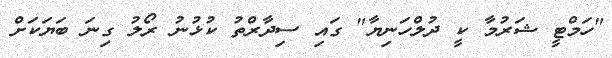
"ހަމްޓީ ޝަރުމާ ކީ ދުލްހަނިޔާ" ގައި ސިދާރްތު ކުޅުނު ރޯލު ގިނަ ބަޔަކަށް